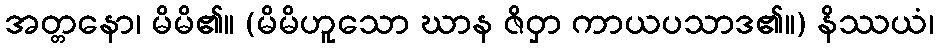
အတ္တနော၊ မိမိ၏။ (မိမိဟူသော ဃာန ဇိဝှာ ကာယပသာဒ၏။) နိဿယံ၊